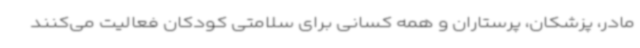
مادر، پزشکان، پرستاران و همه کسانی برای سلامتی کودکان فعالیت می‌کنند